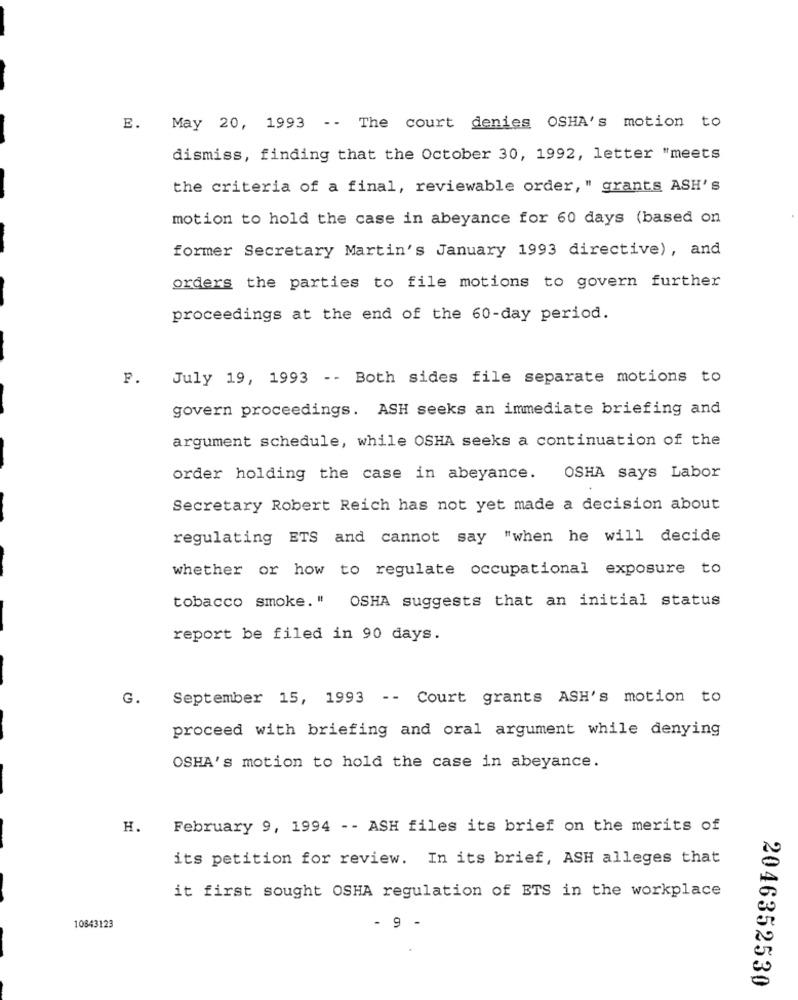
E. May 20, 1993 -- The court denies OSHA's motion to
dismiss, finding that the October 30, 1992, letter "meets
the criteria of a final, reviewable order, " grants ASH's
motion to hold the case in abeyance for 60 days (based on
former Secretary Martin's January 1993 directive), and
orders the parties to file motions to govern further
proceedings at the end of the 60-day period.
P.
July 19, 1993 -- Both sides file separate motions to
govern proceedings. ASH seeks an immediate briefing and
argument schedule, while OSHA seeks a continuation of the
order holding the case in abeyance.
OSHA says Labor
Secretary Robert Reich has not yet made a decision about
regulating ETS and cannot say "when he will decide
whether or how to regulate occupational exposure to
tobacco smoke." OSHA suggests that an initial status
report be filed in 90 days.
G.
September 15, 1993 -- Court grants ASH's motion to
proceed with briefing and oral argument while denying
OSHA's motion to hold the case in abeyance.
H.
February 9, 1994 -- ASH files its brief on the merits of
its petition for review. In its brief, ASH alleges that
it first sought OSHA regulation of ETS in the workplace
10843123
- 9 -
2046352530